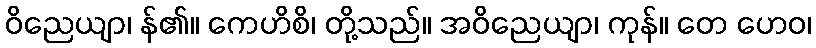
ဝိညေယျာ၊ န်၏။ ကေဟိစိ၊ တို့သည်။ အဝိညေယျာ၊ ကုန်။ တေ ဟေဝ၊